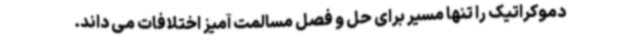
دموکراتیک را تنها مسیر برای حل و فصل مسالمت آمیز اختلافات می داند.